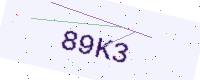
Text: 89K3